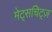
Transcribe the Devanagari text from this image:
मेट्सचिट्ज़